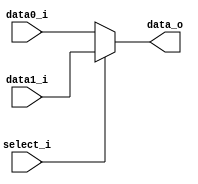

//////////////////////////////////////////////////////////////////////////////////
// student ID: 0516013
// Module Name: MUX_2to1
//////////////////////////////////////////////////////////////////////////////////
     
module MUX_2to1(
               data0_i,
               data1_i,
               select_i,
               data_o
               );

parameter size = 0;			   
			
//I/O ports               
input   [size-1:0] data0_i;          
input   [size-1:0] data1_i;
input              select_i;
output  [size-1:0] data_o; 

//Internal Signals
reg     [size-1:0] data_o;

//Main function
always@(*)
begin
    data_o = (select_i == 1'b0)? data0_i : data1_i;
end

endmodule